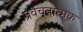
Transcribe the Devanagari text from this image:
प्रवचनात्मक